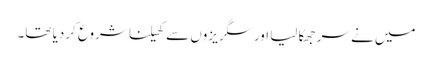
میں نے سر جھکا لیا اور سگریزوں سے کھیلنا شروع کردیا تھا۔